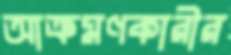
আক্রমণকারীর